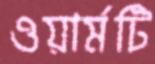
ওয়ার্মটি